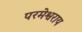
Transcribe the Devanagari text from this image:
परमेश्वराय